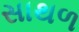
સાથળ